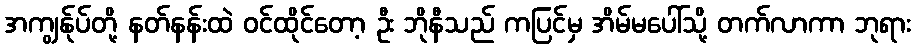
အကျွန်ုပ်တို့ နတ်နန်းထဲ ဝင်ထိုင်တော့ ဦး ဘိုနီသည် ကပြင်မှ အိမ်မပေါ်သို့ တက်လာကာ ဘုရား